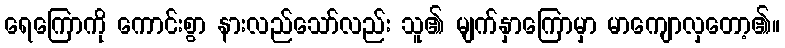
ရေကြောကို ကောင်းစွာ နားလည်သော်လည်း သူ၏ မျက်နှာကြောမှာ မာကျောလှတော့၏။